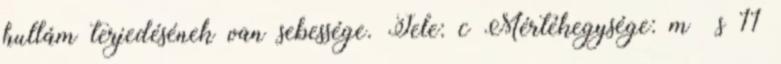
hullám terjedésének van sebessége. Jele: c Mértékegysége: m s 11